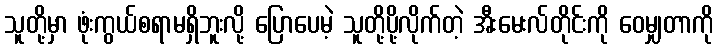
သူတို့မှာ ဖုံးကွယ်စရာမရှိဘူးလို့ ပြောပေမဲ့ သူတို့ပို့လိုက်တဲ့ အီးမေးလ်တိုင်းကို ဝေမျှတာကို